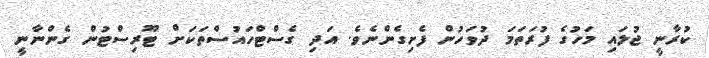
ކުރާނީ ޖުލައި މަހުގެ ފުރަތަމަ ދުވަހުން ފެށިގެންނެވެ. އަދި ގެސްޓްހައުސްތަކަށް ޓޫރިސްޓުން ގެންނާނީ